Problem: 12 + 58 = ?
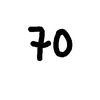
Handwritten answer: 70